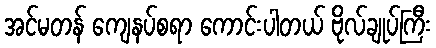
အင်မတန် ကျေနပ်စရာ ကောင်းပါတယ် ဗိုလ်ချုပ်ကြီး